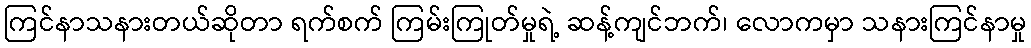
ကြင်နာသနားတယ်ဆိုတာ ရက်စက် ကြမ်းကြုတ်မှုရဲ့ ဆန့်ကျင်ဘက်၊ လောကမှာ သနားကြင်နာမှု